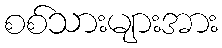
စစ်သားများအား